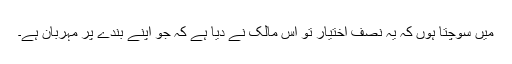
میں سوچتا ہوں کہ یہ نصف اختیار تو اُس مالک نے دیا ہے کہ جو اپنے بندے پر مہربان ہے۔